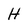
Character: H